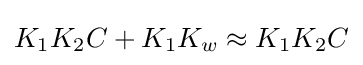
K_{1}K_{2}C+K_{1}K_{w}\approx K_{1}K_{2}C